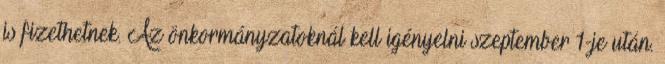
is fizethetnek. Az önkormányzatoknál kell igényelni szeptember 1-je után.